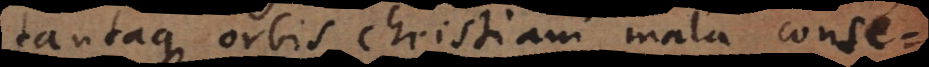
tantaque orbis Christiani mala consequantur.